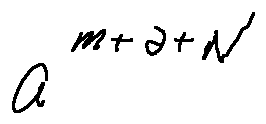
a ^ { m + a + N }